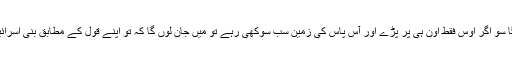
37تو دیکھ مَیں بھیڑ کی اُون کھلِیہان میں رکھ دُوں گا سو اگر اوس فقط اُون ہی پر پڑے اور آس پاس کی زمِین سب سُوکھی رہے تو مَیں جان لُوں گا کہ تُو اپنے قَول کے مُطابِق بنی اِسرائیل کو میرے ہاتھوں کے وسِیلہ سے رہائی بخشے گا۔